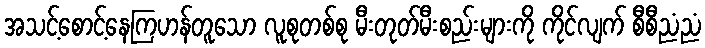
အသင့်စောင့်နေကြဟန်တူသော လူစုတစ်စု မီးတုတ်မီးစည်းများကို ကိုင်လျက် စီစီညံညံ